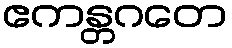
ဧကန္တဂတေ